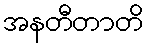
အနတီတာတိ